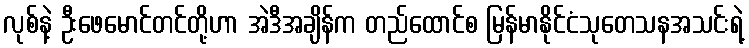
လုစ်နဲ့ ဦးဖေမောင်တင်တို့ဟာ အဲဒီအချိန်က တည်ထောင်စ မြန်မာနိုင်ငံသုတေသနအသင်းရဲ့